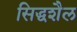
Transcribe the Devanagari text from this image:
सिद्धशैल